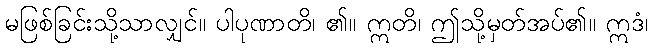
မဖြစ်ခြင်းသို့သာလျှင်။ ပါပုဏာတိ၊ ၏။ ဣတိ၊ ဤသို့မှတ်အပ်၏။ ဣဒံ၊